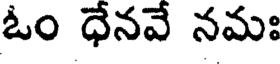
ఓం ధేనవే నమః